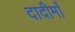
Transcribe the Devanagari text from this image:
दादीमाँ